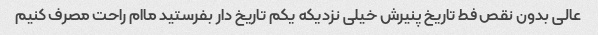
عالی بدون نقص فط تاریخ پنیرش خیلی نزدیکه یکم تاریخ دار بفرستید ماام راحت مصرف کنیم